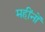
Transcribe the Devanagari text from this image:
महींनों